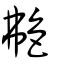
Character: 艴